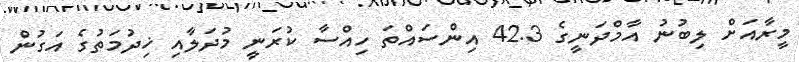
މީރާއަށް ލިބުނު އާމްދަނީގެ 42.3 އިންސައްތަ ހިއްސާ ކުރަނީ މުދަލާއި ޚިދުމަތުގެ އަގުން